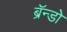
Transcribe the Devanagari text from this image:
ब्रॅन्डो